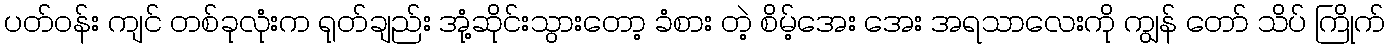
ပတ်ဝန်း ကျင် တစ်ခုလုံးက ရုတ်ချည်း အုံ့ဆိုင်းသွားတော့ ခံစား တဲ့ စိမ့်အေး အေး အရသာလေးကို ကျွန် တော် သိပ် ကြိုက်